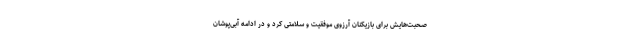
صحبت‌هایش برای بازیکنان آرزوی موفقیت و سلامتی کرد و در ادامه آبی‌پوشان